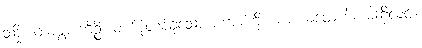
သဒ္ဓိံ၊ တကွ။ ကိဉ္စိ၊ တစ်စုံတစ်ခုသော စကားကို။ မာ ကထေဟိ၊ မဆိုလင့်။